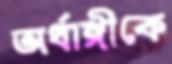
অর্ধাঙ্গীকে